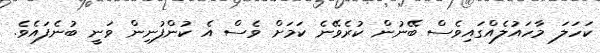
ކަހަލަ މާހައުލެއްގައިވެސް ބޭނުން ކުރެވޭނެ ކަމަށް ވެސް އެ ކުންފުނިން ވަނީ ބުނެފައެވެ.